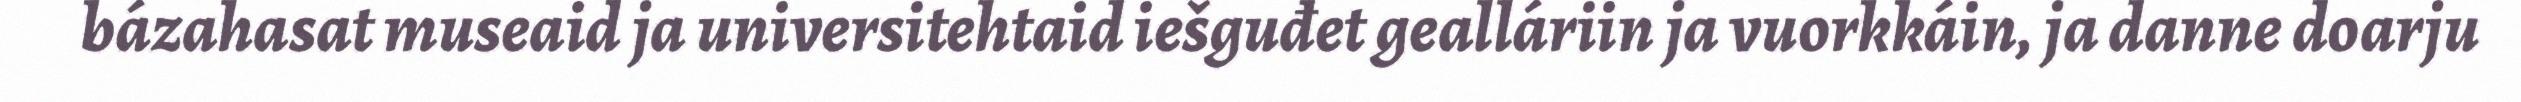
bázahasat museaid ja universitehtaid iešguđet gealláriin ja vuorkkáin, ja danne doarju